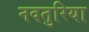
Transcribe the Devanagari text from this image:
नवतुरिया